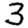
Digit: 3